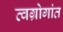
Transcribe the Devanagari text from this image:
त्वग्रोगांत